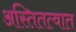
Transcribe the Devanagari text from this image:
अस्तितत्वात